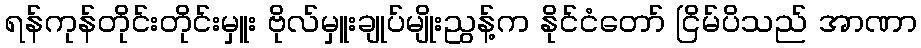
ရန်ကုန်တိုင်းတိုင်းမှူး ဗိုလ်မှူးချုပ်မျိုးညွန့်က နိုင်ငံတော် ငြိမ်ပိသည် အာဏာ